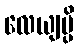
လေယျမ္ပိ